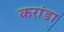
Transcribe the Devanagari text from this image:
करांडा